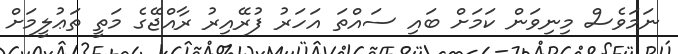
ނަމަވެސް މިނިވަން ކަމަށް ބައި ސައްތަ އަހަރު ފުރޭއިރު ރާއްޖޭގެ މަތީ ތަޢުލީމަށް